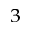
^ 3